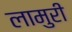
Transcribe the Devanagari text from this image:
लामुरी